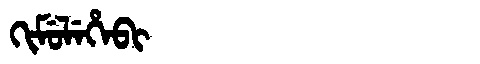
Manchu: ᡴᡳᠮᡠᠯᡝᡥᡝᠪᡳ
Romanization: KIMULEHEBI